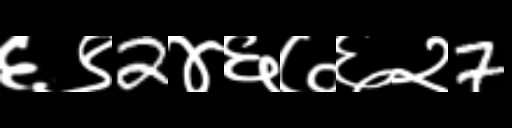
Text: ६९2४६७६२7